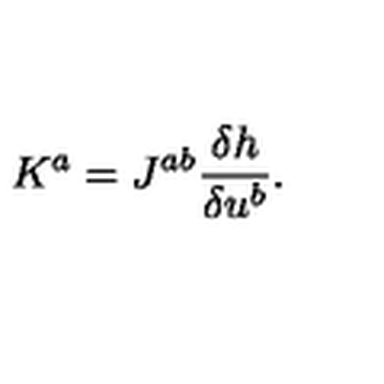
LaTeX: K ^ { a } = J ^ { a b } \frac { \delta h } { \delta u ^ { b } } .